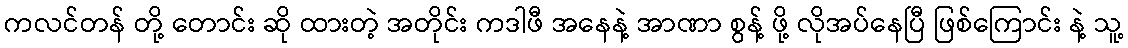
ကလင်တန် တို့ တောင်း ဆို ထားတဲ့ အတိုင်း ကဒါဖီ အနေနဲ့ အာဏာ စွန့် ဖို့ လိုအပ်နေပြီ ဖြစ်ကြောင်း နဲ့ သူ့